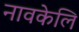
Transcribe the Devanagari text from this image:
नावकेलि